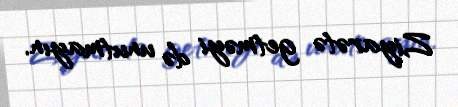
Ziyarətə getməyi də unutmayın.